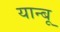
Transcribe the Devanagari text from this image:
यान्बू